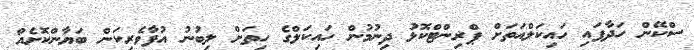
ސްކޭން ހަދާފައި ހައިކަލްއަތަށް ޕްރިންޓްކޮޅު ދިނުމުން ހައިކަލްގެ ހިތަށް ލިބުނު އުފާވެރިކަން ބަޔާންކޮށެއް